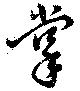
掌